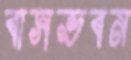
বাসভবন